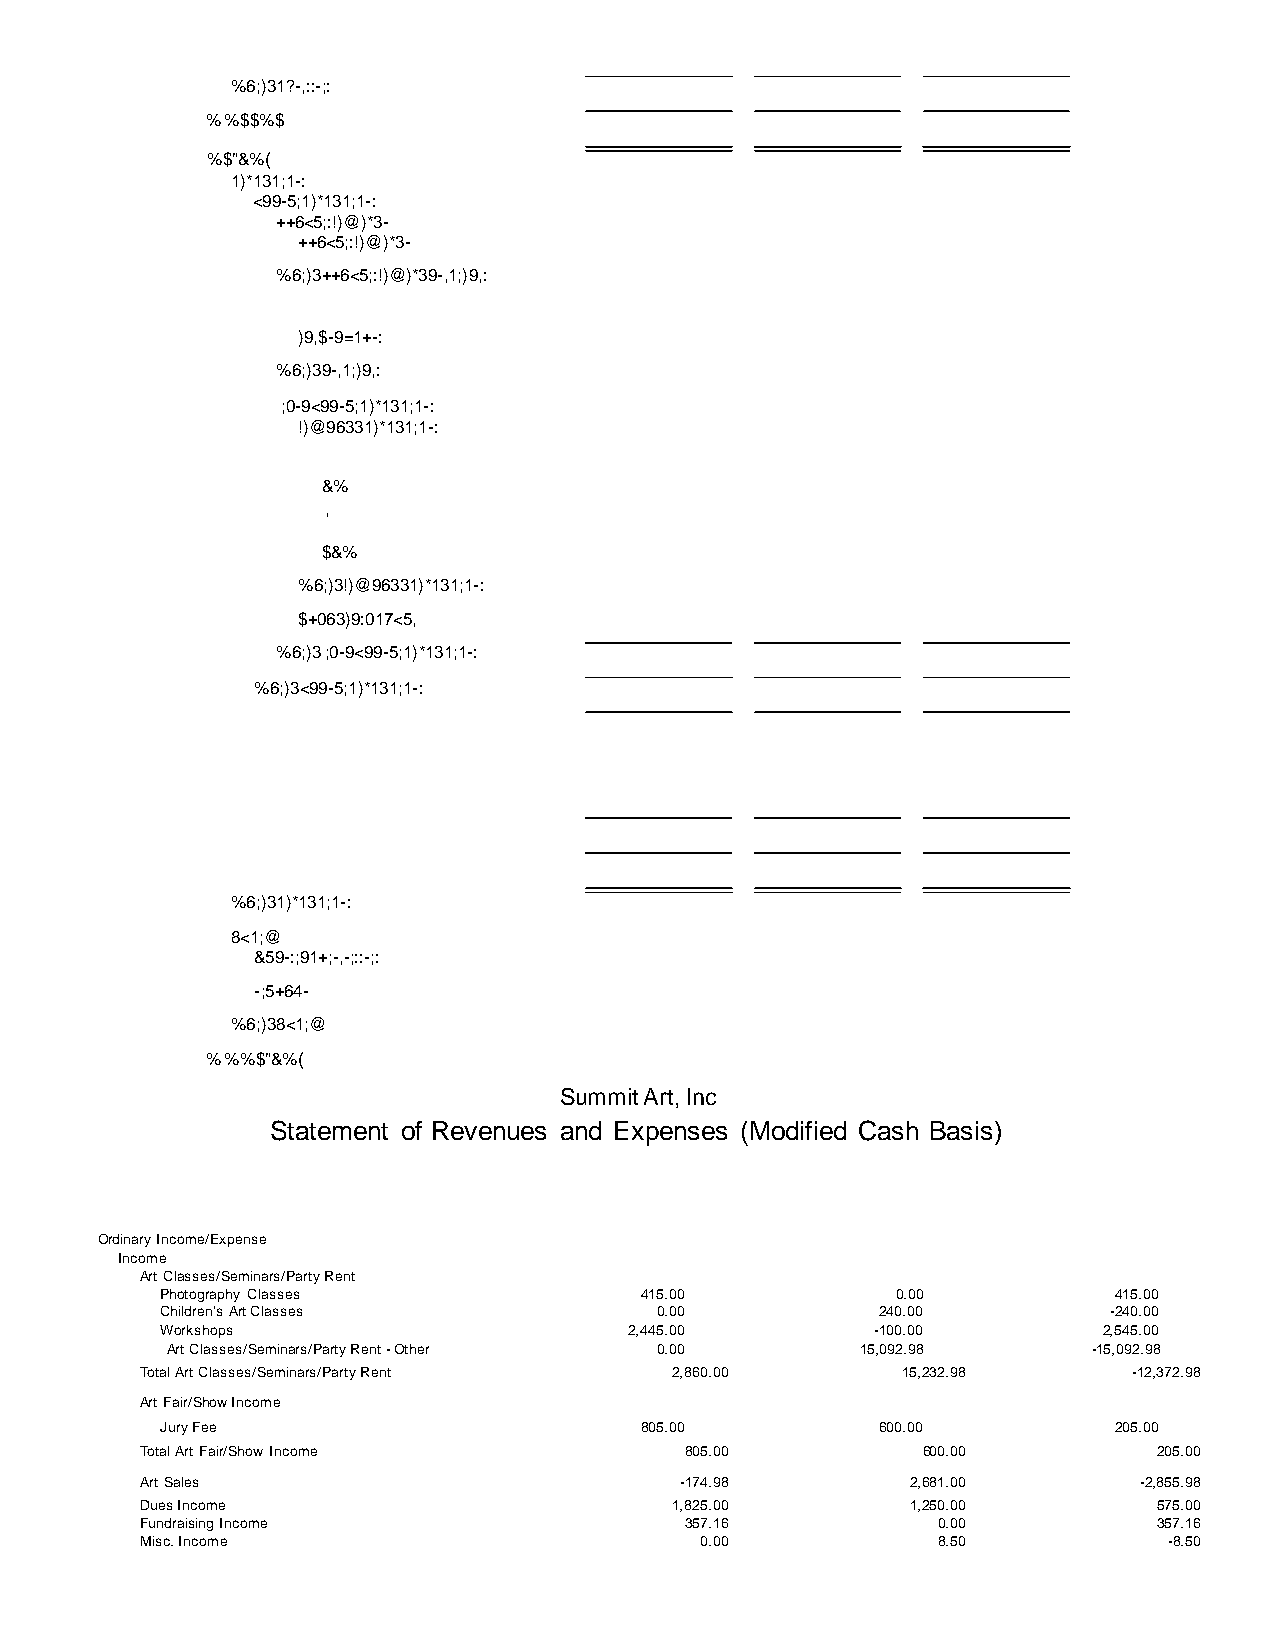
%6;)31?-,::-;:
 % %$$%$
 %$"&%(
 1)*131;1-:
 <99-5;1)*131;1-:
 ++6<5;:!)@)*3-
 ++6<5;:!)@)*3-
 %6;)3++6<5;:!)@)*39-,1;)9,:
 )9,$-9=1+-:
 %6;)39-,1;)9,:
 ;0-9<99-5;1)*131;1-:
 !)@96331)*131;1-:
 &%
 '
 $&%
 %6;)3!)@96331)*131;1-:
 $+063)9:017<5,
 %6;)3 ;0-9<99-5;1)*131;1-:
 %6;)3<99-5;1)*131;1-:
 %6;)31)*131;1-:
 8<1;@
 &59-:;91+;-,-;::-;:
 -;5+64-
 %6;)38<1;@
 % %%$"&%(
 Summit Art, Inc
 Statement of Revenues and Expenses (Modified Cash Basis)
 Ordinary Income/Expense
 Income
 Art Classes/Seminars/Party Rent
 Photography Classes            415.00           0.00           415.00
 Children's Art Classes          0.00           240.00         -240.00
 Workshops                      2,445.00        -100.00        2,545.00
 Art Classes/Seminars/Party Rent - Other 0.00  15,092.98      -15,092.98
 Total Art Classes/Seminars/Party Rent 2,860.00     15,232.98      -12,372.98
 Art Fair/Show Income
 Jury Fee                       805.00          600.00          205.00
 Total Art Fair/Show Income          805.00          600.00          205.00
 Art Sales                           -174.98        2,681.00       -2,855.98
 Dues Income                        1,825.00        1,250.00         575.00
 Fundraising Income                  357.16           0.00           357.16
 Misc. Income                         0.00            8.50           -8.50